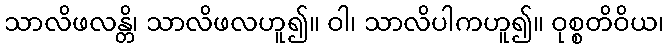
သာလိဖလန္တိ၊ သာလိဖလဟူ၍။ ဝါ၊ သာလိပါကဟူ၍။ ဝုစ္စတိဝိယ၊